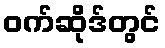
ဝက်ဆိုဒ်တွင်